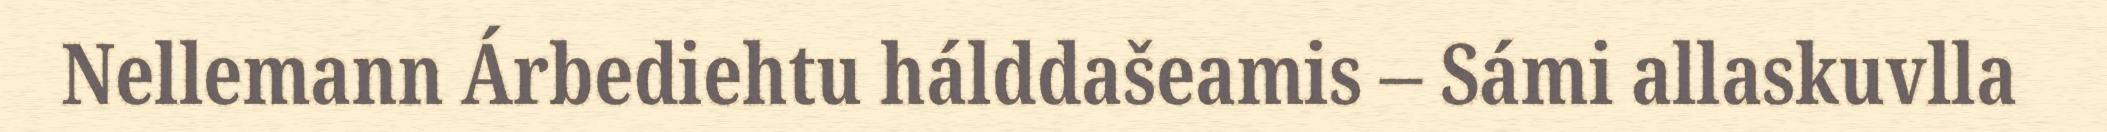
Nellemann Árbediehtu hálddašeamis – Sámi allaskuvlla